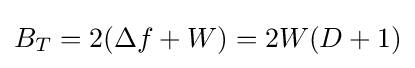
B_{T}=2(\Delta f+W)=2W(D+1)